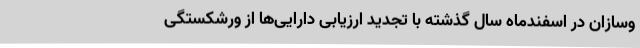
وسازان در اسفندماه سال گذشته با تجدید ارزیابی دارایی‌ها از ورشکستگی